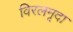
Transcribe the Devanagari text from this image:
विरलमृदा